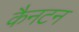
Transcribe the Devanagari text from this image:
कैनटन